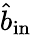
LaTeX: \hat{b}_{\mathrm{in}}